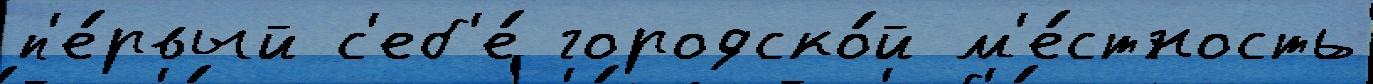
п'е́рвый с'еб'е́ городско́й м'е́стность